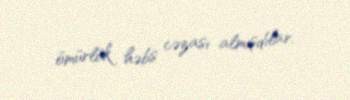
ömürlük həbs cəzası almışdılar.